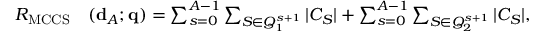
\begin{array} { r l } { R _ { \mathrm { M C C S } } } & { ( { \bf d } _ { \cal A } ; { \bf q } ) = { \sum _ { s = 0 } ^ { A - 1 } \sum _ { { \cal S } \in { \cal Q } _ { 1 } ^ { s + 1 } } | { \cal C } _ { \cal S } | } + { \sum _ { s = 0 } ^ { A - 1 } \sum _ { { \cal S } \in { \cal Q } _ { 2 } ^ { s + 1 } } | { \cal C } _ { \cal S } | } , } \end{array}